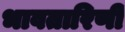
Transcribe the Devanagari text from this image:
भावतारिणी